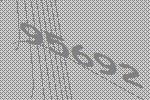
95692